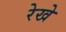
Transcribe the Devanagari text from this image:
रेखे